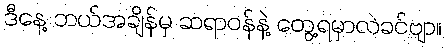
ဒီနေ့ ဘယ်အချိန်မှ ဆရာဝန်နဲ့ တွေ့ရမှာလဲခင်ဗျာ။